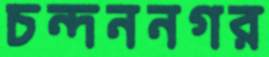
চন্দননগর